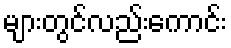
များတွင်လည်းကောင်း